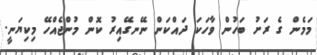
މަމެން ގެ ރަށު ބަހުން ވާހަކަ ދައްކަން ނޭނގޭއިރު ކޮން މުންޖެއްހޭ މިކިޔަނީ.